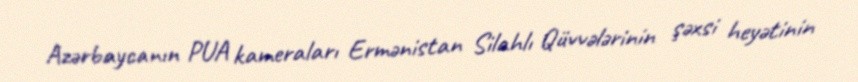
Azərbaycanın PUA kameraları Ermənistan Silahlı Qüvvələrinin şəxsi heyətinin